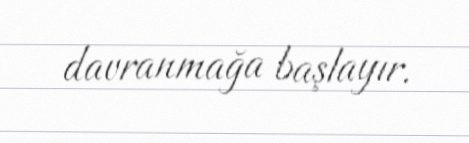
davranmağa başlayır.